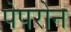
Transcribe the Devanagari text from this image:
पेपरोन